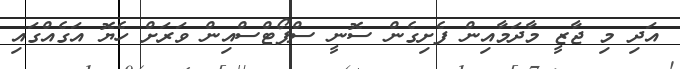
އަދި މި ޖާޒީ މާދަމާއިން ފެށިގެން ސޮނީ ސްޕޯޓްސްއިން ވަރަށް ހެޔޮ އަގެއްގައި